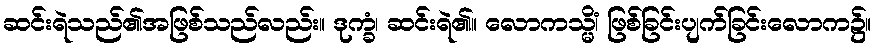
ဆင်းရဲသည်၏အဖြစ်သည်လည်း။ ဒုက္ခံ၊ ဆင်းရဲ၏။ လောကသ္မိံ၊ ဖြစ်ခြင်းပျက်ခြင်းလောက၌။